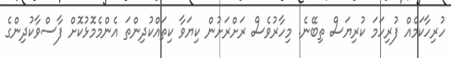
ހުރިހާކަމެއް ފުރިހަމަ ކުރިޔަސް ތިބޭނެ. މިހާރުވެސް ރަށްރަށުން ކިޔަވާ ކިތައްކުދިންތަ އެންމެމޮޅުކޮށް ފާސްވާކުދިންގެ